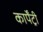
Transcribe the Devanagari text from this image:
कार्पेंट्री